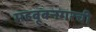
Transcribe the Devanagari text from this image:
महबूबनगरची